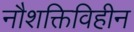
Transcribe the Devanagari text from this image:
नौशक्तिविहीन